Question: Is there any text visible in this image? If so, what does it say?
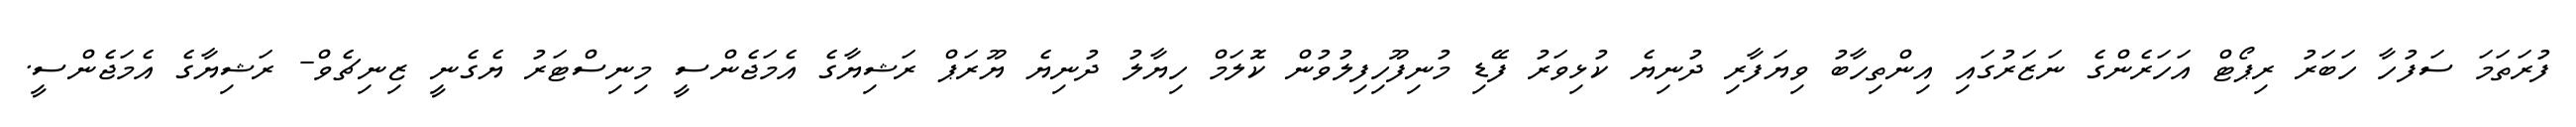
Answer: ފުރަތަމަ ސަފުހާ ހަބަރު ރިޕޯޓް އަހަރެންގެ ނަޒަރުގައި އިންތިހާބު ވިޔަފާރި ދުނިޔެ ކުޅިވަރު ފޭޑި މުނިފޫހިފިލުވުން ކޮލަމް ހިޔާލު ދުނިޔެ ޔޫރަޕް ރަޝިޔާގެ އެމަޖެންސީ މިނިސްޓަރު ޔެގެނީ ޒިނިޗެވް- ރަޝިޔާގެ އެމަޖެންސީ.